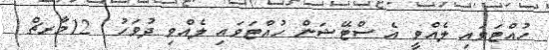
ހުއްޓަވައި ލެއްވީ އެ ސްޓޭޝަން ހުއްޓަވައި ލެއްވި ދުވަހު  12މާރޗް